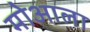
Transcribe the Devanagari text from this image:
मोआला